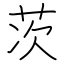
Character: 茨